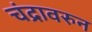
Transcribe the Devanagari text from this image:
चंद्रावरुन